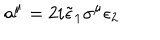
a ^ { \mu } = 2 i \tilde { \epsilon } _ { 1 } \sigma ^ { \mu } \epsilon _ { 2 }